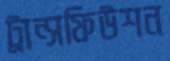
ট্রান্সফিউশন